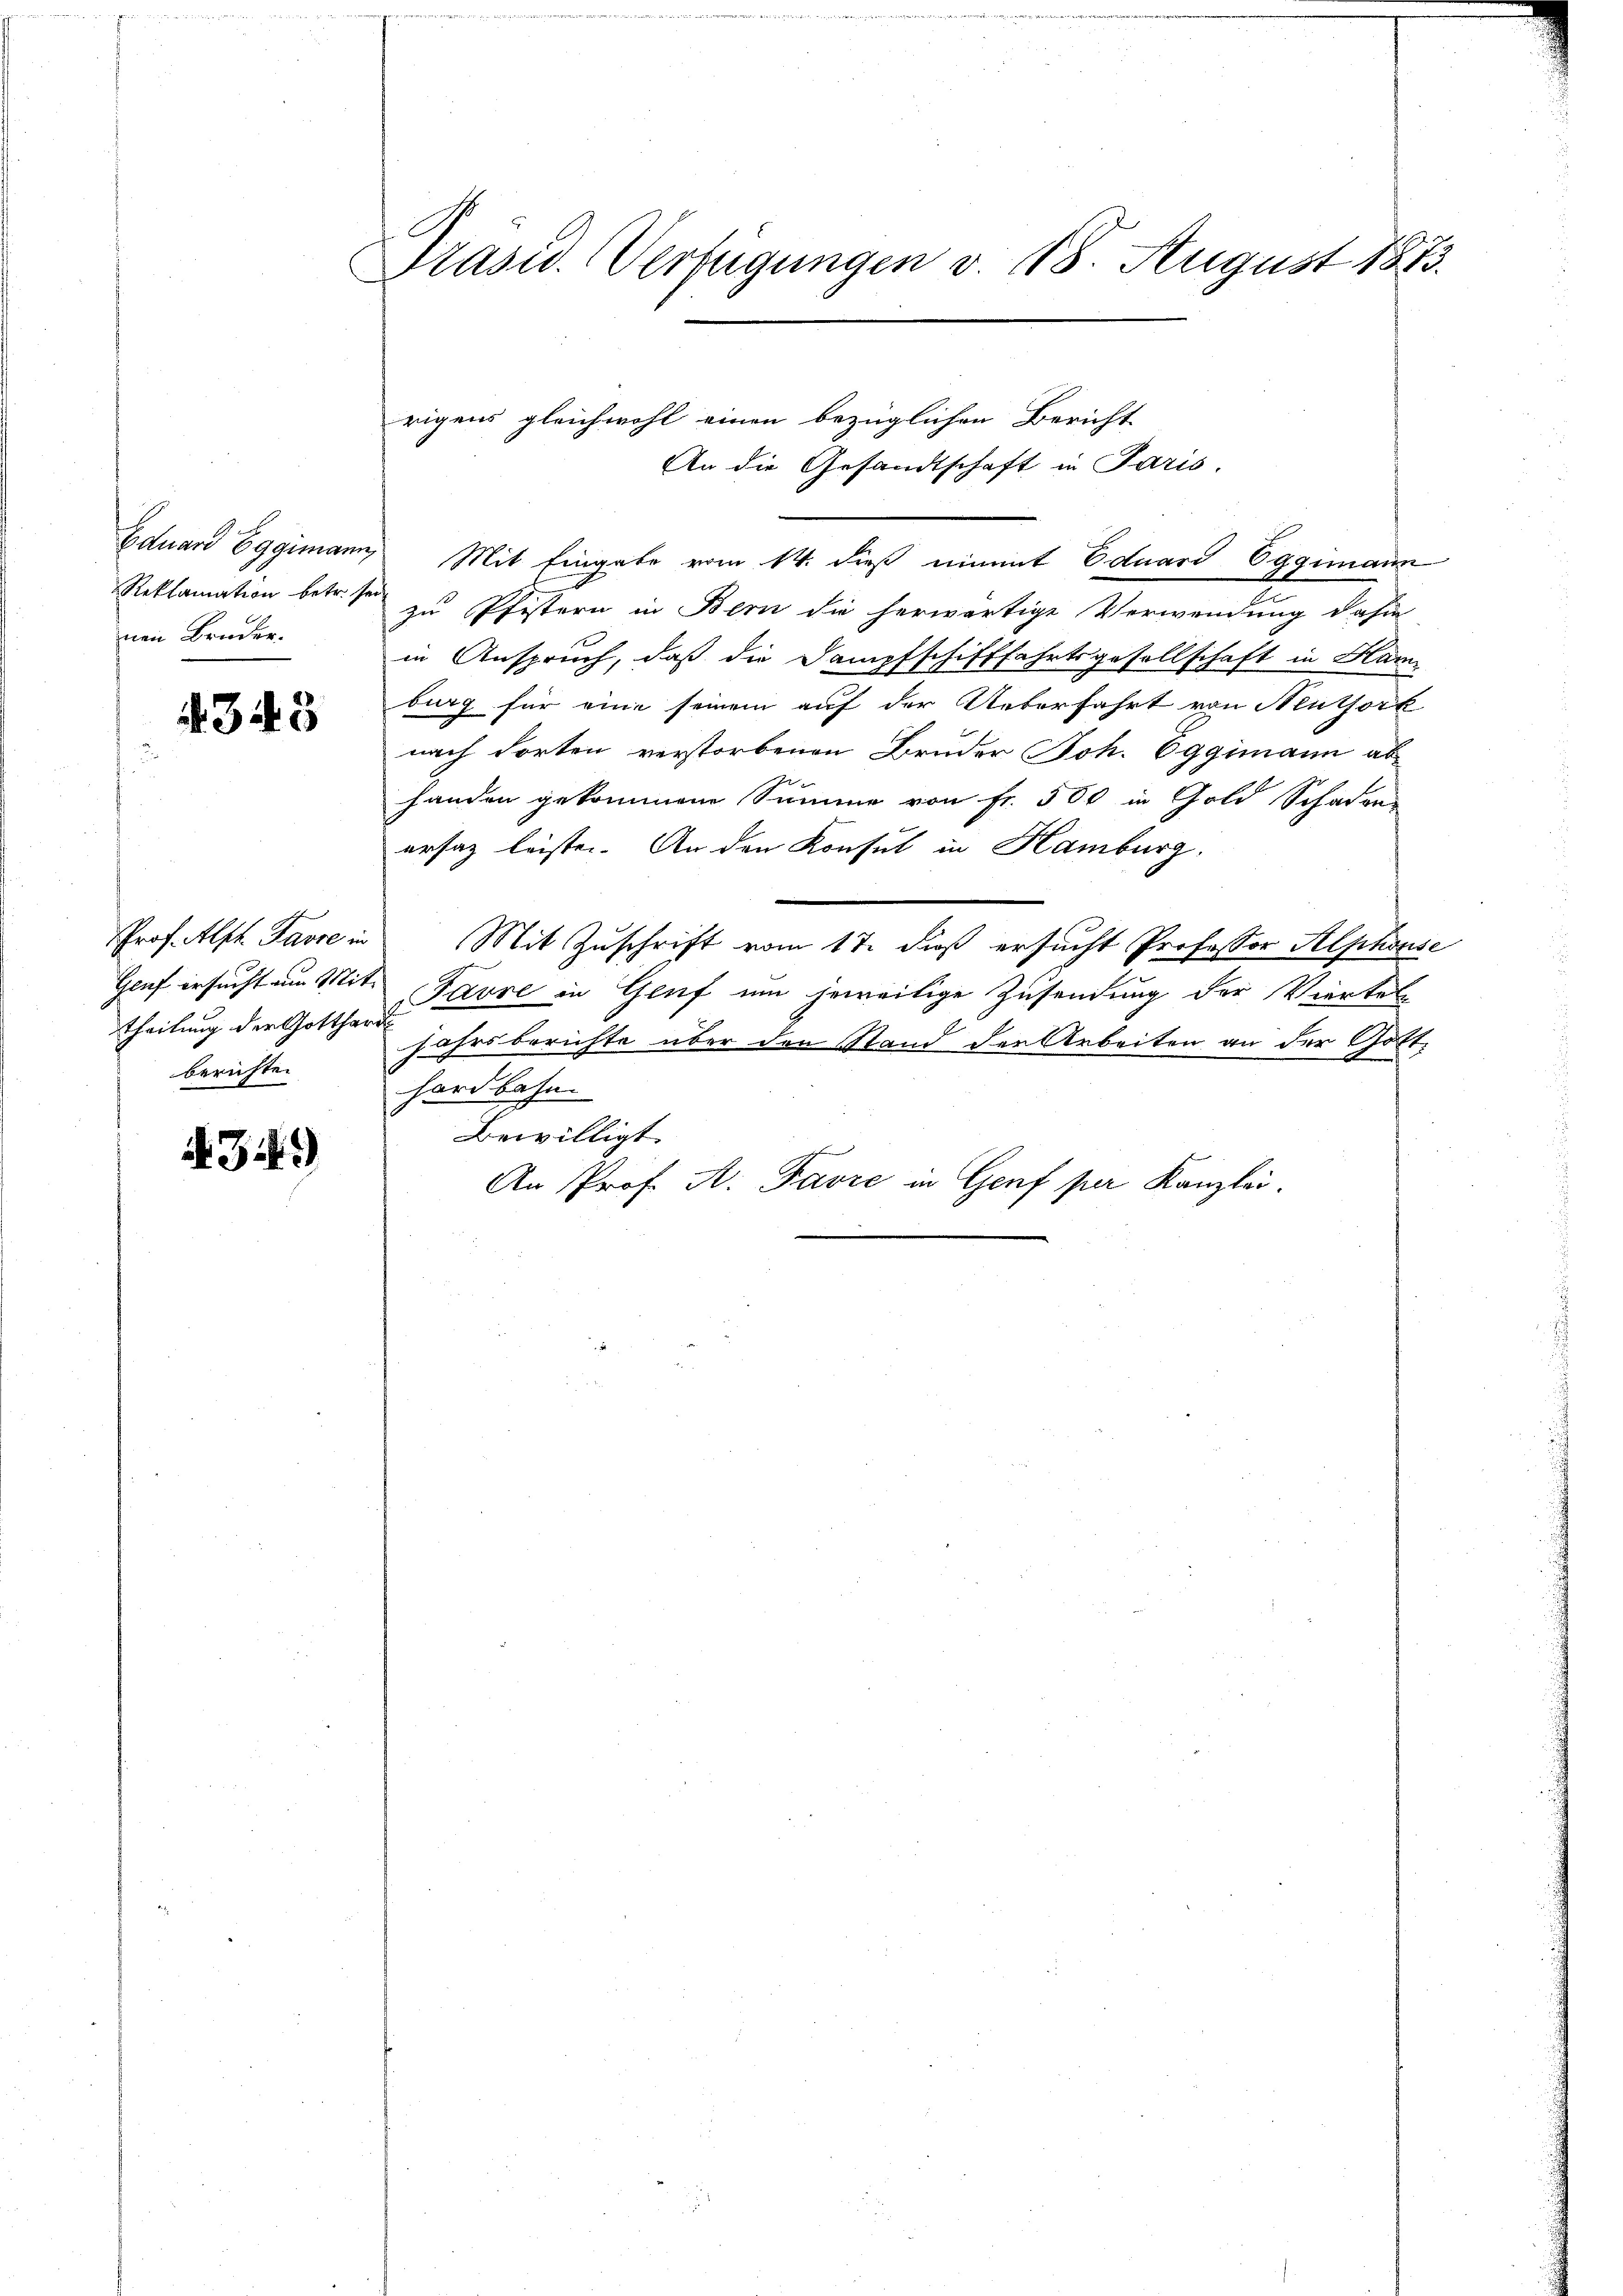
Eduard Eggimann,
Reklamation betr.
nen Bruder.

343

Genf ersucht um Mit-
theilung der Gotthar
berichte.

A. 341)

Präsid. Verfügungen v. 18. August 1873.

rigens gleichwohl einen bezüglichen Bericht
An die Gesandtschaft in Paris.
 Mit Eingabe vom 14. dieß einmt Eduard Eggimann
i
zu Pfistern in Bern die herwärtige Verwendung dahin
in Anspruch, daß die Dampfschifffahrtsgesellschaft in Ham
burg für eine seinem auf der Ueberfahrt von Neuthorb
nach dorten verstorbenen Bruder Joh. Oggimann ab-
e
handen gekommene Summe von Fr. 500 in Gold Schaden
ersaz leisten. An den Konsul in Hamburg.
Prof. Als Favre in Mit Zuschrift vom 17. dieß ersucht Professor Alphonse
Favre in Genf um jeweilige Zusendung der Viertel
d
jahrsberichte über den Stand der Arbeiten an der Gotthardbahn.
Bewilligt.
An Prof. A. Favre in Genf per Kanzlei.